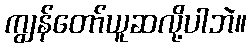
ကျွန်တော်ယူဆလို့ပါဘဲ။